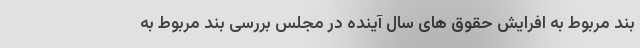
بند مربوط به افرایش حقوق های سال آینده در مجلس بررسی بند مربوط به